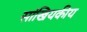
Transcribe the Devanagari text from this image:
सांखियकीय